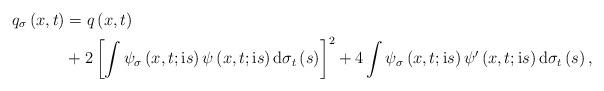
LaTeX: \begin{align*}q_{\sigma}\left( x,t\right) & =q\left( x,t\right) \\& +2\left[ \int\psi_{\sigma}\left( x,t;\mathrm{i}s\right) \psi\left(x,t;\mathrm{i}s\right) \mathrm{d}\sigma_{t}\left( s\right) \right]^{2}+4\int\psi_{\sigma}\left( x,t;\mathrm{i}s\right) \psi^{\prime}\left(x,t;\mathrm{i}s\right) \mathrm{d}\sigma_{t}\left( s\right) ,\end{align*}